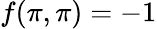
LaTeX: f(\pi,\pi)=-1